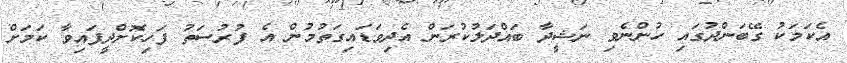
އެކަމަކު ގޭބަންދުގައި ހުންނެވި ނަޝީދާ ބައްދަލުކުރަން އެދިވަޑައިގަތުމުން އެ ފުރުސަތު ފަހިކޮށްދީފައިވާ ކަމަށް